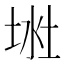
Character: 𱖶